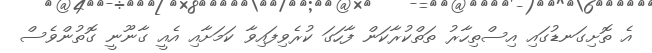
އެ ތޮށިގަނޑުގައި އިސްތިހާރު ތަތްކުރާކަން ފާހަގަ ކުރެވިފައިވާ ކަމަށާއި އެއީ ގާނޫނީ ގޮތުންވެސް